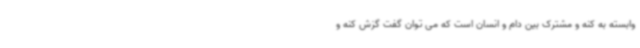
وابسته به کنه و مشترک بین دام و انسان است که می توان گفت گزش کنه و